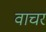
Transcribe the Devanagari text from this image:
वाचर